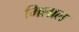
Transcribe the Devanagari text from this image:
मिलाल